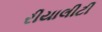
રીયાલીટી